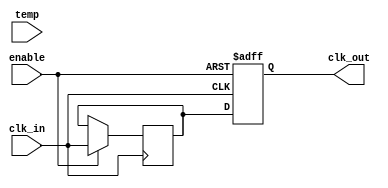
module TempCompClockBuffer (
    input wire clk_in,          // Input clock signal
    input wire [7:0] temp,     // Temperature input (for simplicity, 8-bit)
    input wire enable,          // Enable signal for power management
    output reg clk_out          // Buffered output clock signal
);

// Parameters for compensation
parameter TEMP_REF = 8'd25;  // Reference temperature (25 degrees Celsius)
parameter DELAY_BASE = 4;     // Base delay for clock signal

// Internal signals
reg [3:0] delay_adjust;       // Delay adjustment based on temperature
reg clk_buf;                  // Buffered clock signal

// Clock buffer logic with temperature compensation
always @(posedge clk_in or negedge enable) begin
    if (!enable) begin
        clk_out <= 1'b0;       // Disable output clock when not enabled
    end else begin
        // Calculate delay adjustment based on temperature
        if (temp < TEMP_REF) begin
            delay_adjust = DELAY_BASE - (TEMP_REF - temp) / 2; // Example compensation
        end else begin
            delay_adjust = DELAY_BASE + (temp - TEMP_REF) / 2;  // Example compensation
        end

        // Buffer the input clock with an adjustable delay
        clk_buf <= clk_in; // Buffer input clock
        // Introduce delay based on delay_adjust (simple simulation)
        #(delay_adjust) clk_out <= clk_buf; // Buffering with delay adjustment
    end
end

endmodule